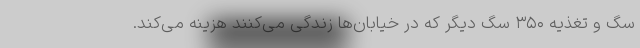
سگ و تغذیه ۳۵۰ سگ دیگر که در خیابان‌ها زندگی می‌کنند هزینه می‌کند.